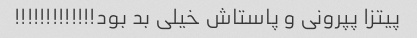
پیتزا پپرونی و پاستاش خیلی بد بود!!!!!!!!!!!!!